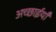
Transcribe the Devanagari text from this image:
अच्छाईयाँ